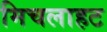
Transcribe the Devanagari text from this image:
मिचलाहट